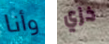
وأنا خزي